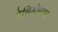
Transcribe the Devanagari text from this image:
मेसिडोनचा